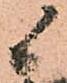
候